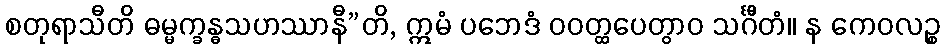
စတုရာသီတိ ဓမ္မက္ခန္ဓသဟဿာနီ”တိ, ဣမံ ပဘေဒံ ဝဝတ္ထပေတွာဝ သင်္ဂီတံ။ န ကေဝလဉ္စ